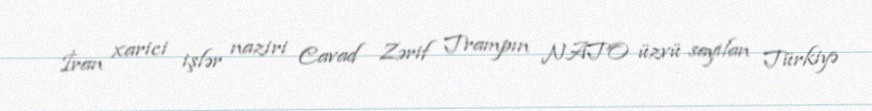
İran xarici işlər naziri Cavad Zərif Trampın NATO üzvü sayılan Türkiyə